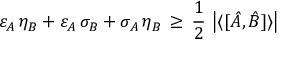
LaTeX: \varepsilon _ { A } \, \eta _ { B } + \varepsilon _ { A } \, \sigma _ { B } + \sigma _ { A } \, \eta _ { B } \, \geq \, { \frac { 1 } { 2 } } \, \left| \langle [ { \hat { A } } , { \hat { B } } ] \rangle \right|